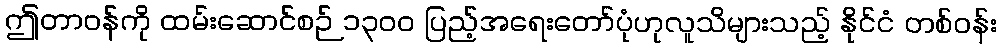
ဤတာဝန်ကို ထမ်းဆောင်စဉ် ၁၃၀၀ ပြည့်အရေးတော်ပုံဟုလူသိများသည့် နိုင်ငံ တစ်ဝန်း